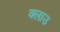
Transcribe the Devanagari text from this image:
क्लाउ